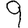
Digit: 9